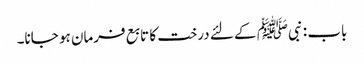
باب : نبیﷺ کے لئے درخت کا تابع فرمان ہو جانا۔